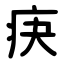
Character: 疦